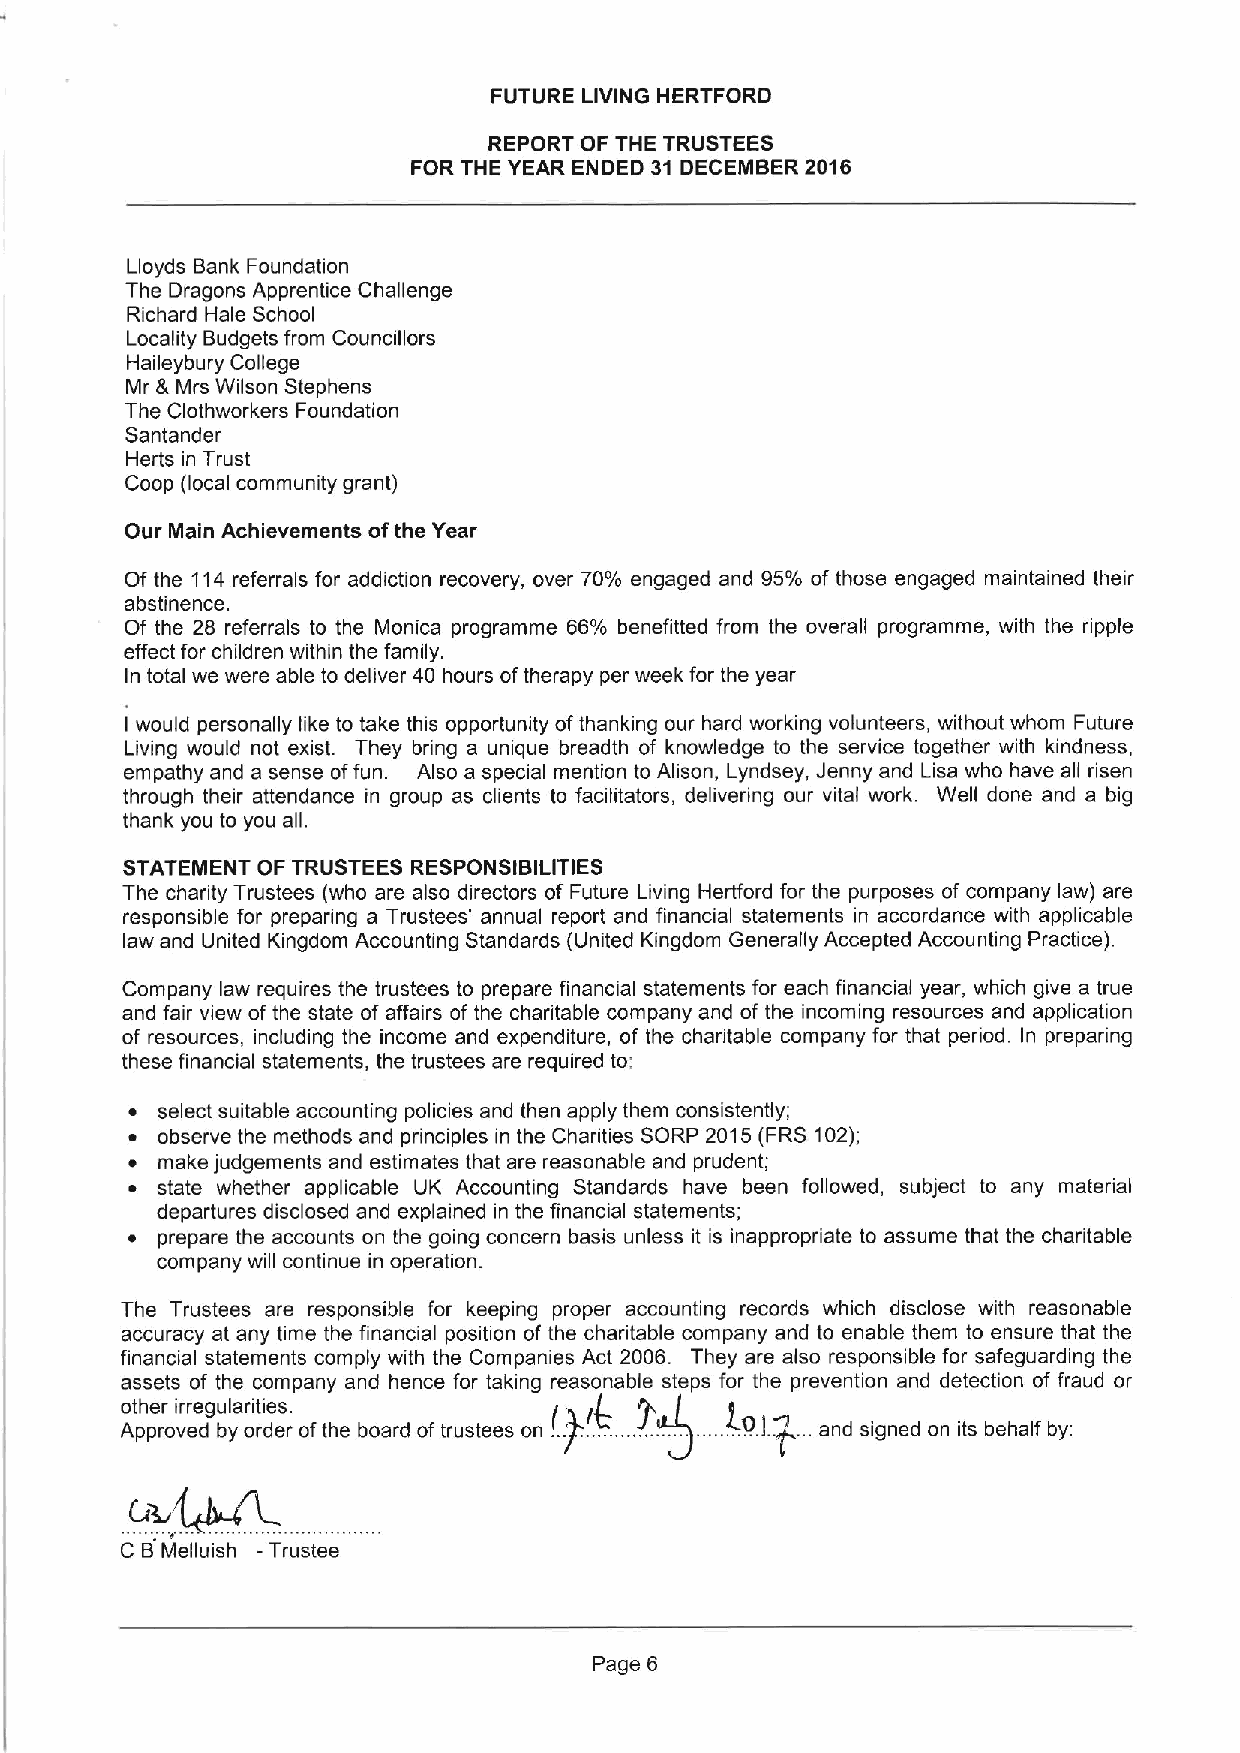
FUTURE LIVING HERTFORD
 REPORT OF THE TRUSTEES
 FOR THE YEAR ENDED 31 DECEMBER 2016
 Lloyds Bank Foundation
 The Dragons Apprentice Challenge
 Richard Hale School
 Locality Budgets from Councillors
 Haileybury College
 Mr &Mrs Wilson Stephens
 The Clothworkers Foundation
 Santander
 Herts in Trust
 Coop (local community grant)
 Our Main Achievements ofthe Year
 Of the 114referrals for addiction recovery, over 70% engaged and 95% of those engaged maintained their
 abstinence.
 Of the 28 referrals to the Monica programme 66% benefitted from the overall programme, with the ripple
 effect for children within the family.
 In total we were able to deliver 40 hours oftherapy per week for the year
 would personally like to take this opportunity ofthanking our hard working volunteers, without whom Future
 I
 Living would not exist. They bring a unique breadth of knowledge to the service together with kindness,
 empathy and a sense offun. Also a special mention to Alison, Lyndsey, Jenny and Lisa who have all risen
 through their attendance in group as clients to facilitators, delivering our vital work. Well done and a big
 thank you to you all.
 STATEMENT OF TRUSTEES RESPONSIBILITIES
 The charity Trustees (who are also directors of Future Living Herfford for the purposes of company law) are
 responsible for preparing a Trustees' annual report and financial statements in accordance with applicable
 law and United Kingdom Accounting Standards (United Kingdom Generally Accepted Accounting Practice).
 Company law requires the trustees to prepare financial statements for each financial year, which give a true
 and fair view ofthe state of affairs of the charitable company and of the incoming resources and application
 of resources, including the income and expenditure, of the charitable company for that period. In preparing
 these financial statements, the trustees are required to:
 ~ select suitable accounting policies and then apply them consistently;
 ~ observe the methods and principles in the Charities SORP 2015(FRS 102);
 ~ make judgements and estimates that are reasonable and prudent;
 ~ state whether applicable UK Accounting Standards have been followed, subject to any material
 departures disclosed and explained in the financial statements;
 ~ prepare the accounts on the going concern basis unless it is inappropriate to assume that the charitable
 company will continue in operation.
 The Trustees are responsible for keeping proper accounting records which disclose with reasonable
 accuracy at any time the financial position of the charitable company and to enable them to ensure that the
 financial statements comply with the Companies Act 2006. They are also responsible for safeguarding the
 assets of the company and hence for taking reasonable steps for the prevention and detection of fraud or
 other irregularities.             ~+.   4.
 Approved by order ofthe board oftrustees on .'.P:......... .... ). ...and signed on its behalf by:
 C BMelluish - Trustee
 Page 6